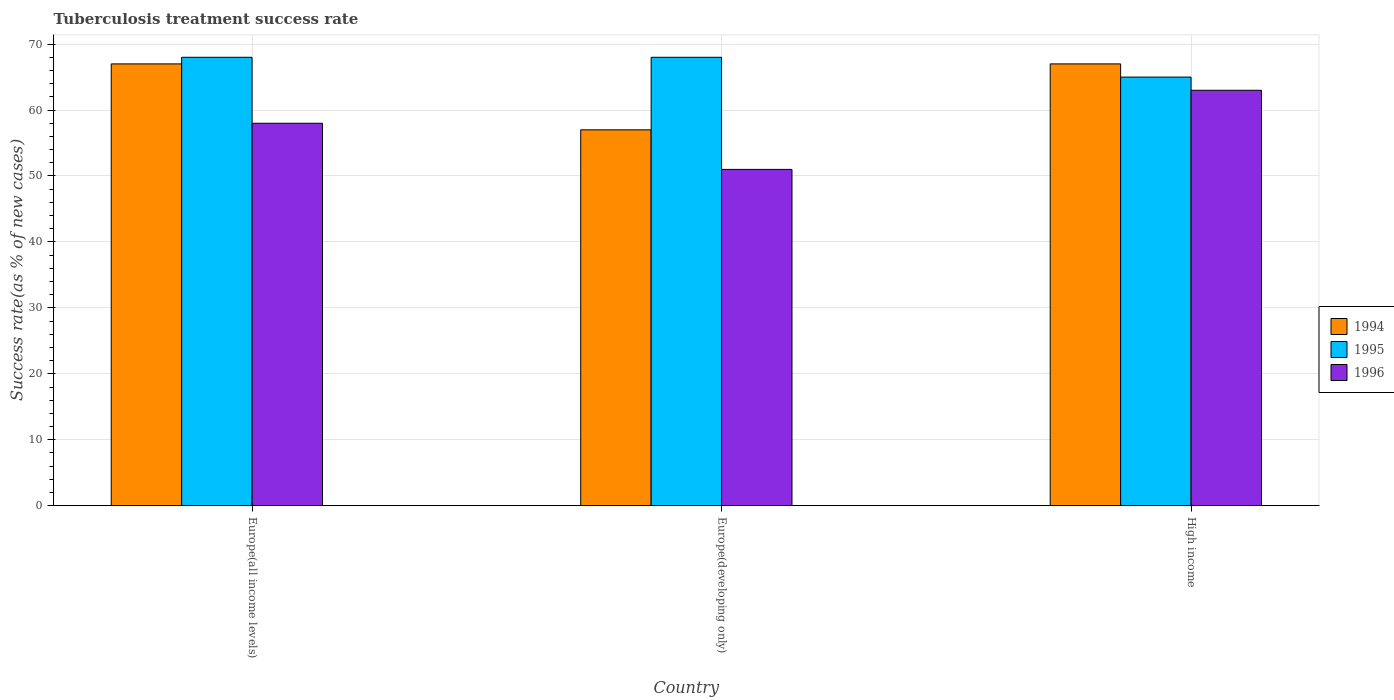
| Country | 1994 | 1995 | 1996 |
 | --- | --- | --- | --- |
 | Europe(all income levels) | 67 | 68 | 58 |
 | Europe(developing only) | 57 | 68 | 51 |
 | High income | 67 | 65 | 63 |